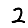
Digit: 2